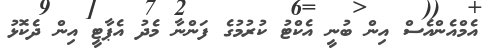
އެމްއެންއެސް އިން ބުނީ އެކްޓު ކުރުމުގެ ފަންނާ މެދު އެޕާޓީ އިން ދެކޮޅު